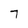
Character: 7